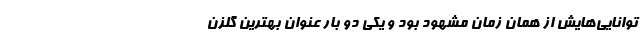
توانایی‌هایش از همان زمان مشهود بود و یکی دو بار عنوان بهترین گلزن